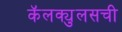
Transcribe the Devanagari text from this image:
कॅलक्युलसची